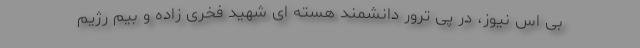
بی اس نیوز، در پی ترور دانشمند هسته ای شهید فخری زاده و بیم رژیم